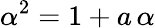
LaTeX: \alpha^{2}=1+a\, \alpha